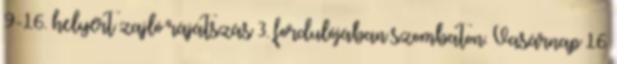
9-16. helyért zajló rájátszás 3. fordulójában szombaton. Vasárnap 16